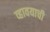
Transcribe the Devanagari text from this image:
व्हावयाची